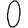
Digit: 0